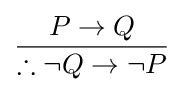
{\frac {P\to Q}{\therefore \neg Q\to \neg P}}